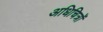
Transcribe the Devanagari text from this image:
अधिचित्रों